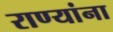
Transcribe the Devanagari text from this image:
राण्यांना